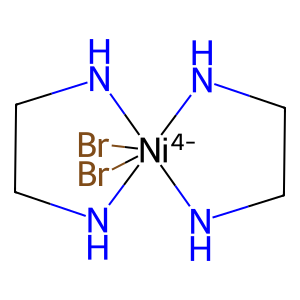
SMILES: Br[Ni-4]12(Br)(NCCN1)NCCN2
Inhibits HIV replication: No